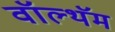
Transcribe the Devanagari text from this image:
वॉल्थॅम